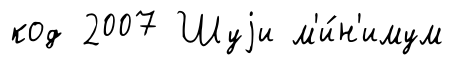
код 2007 Шуjи м'и́н'имум